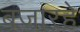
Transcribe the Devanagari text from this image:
बजारहे